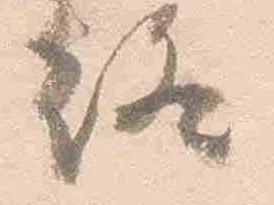
終